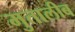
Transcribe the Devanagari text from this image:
मुतालीब